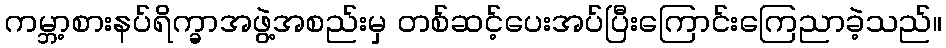
ကမ္ဘာ့စားနပ်ရိက္ခာအဖွဲ့အစည်းမှ တစ်ဆင့်ပေးအပ်ပြီးကြောင်းကြေညာခဲ့သည်။